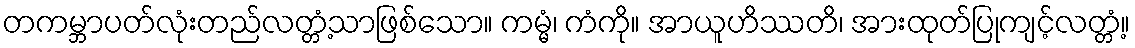
တကမ္ဘာပတ်လုံးတည်လတ္တံ့သာဖြစ်သော။ ကမ္မံ၊ ကံကို။ အာယူဟိဿတိ၊ အားထုတ်ပြုကျင့်လတ္တံ့။